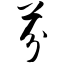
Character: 芬